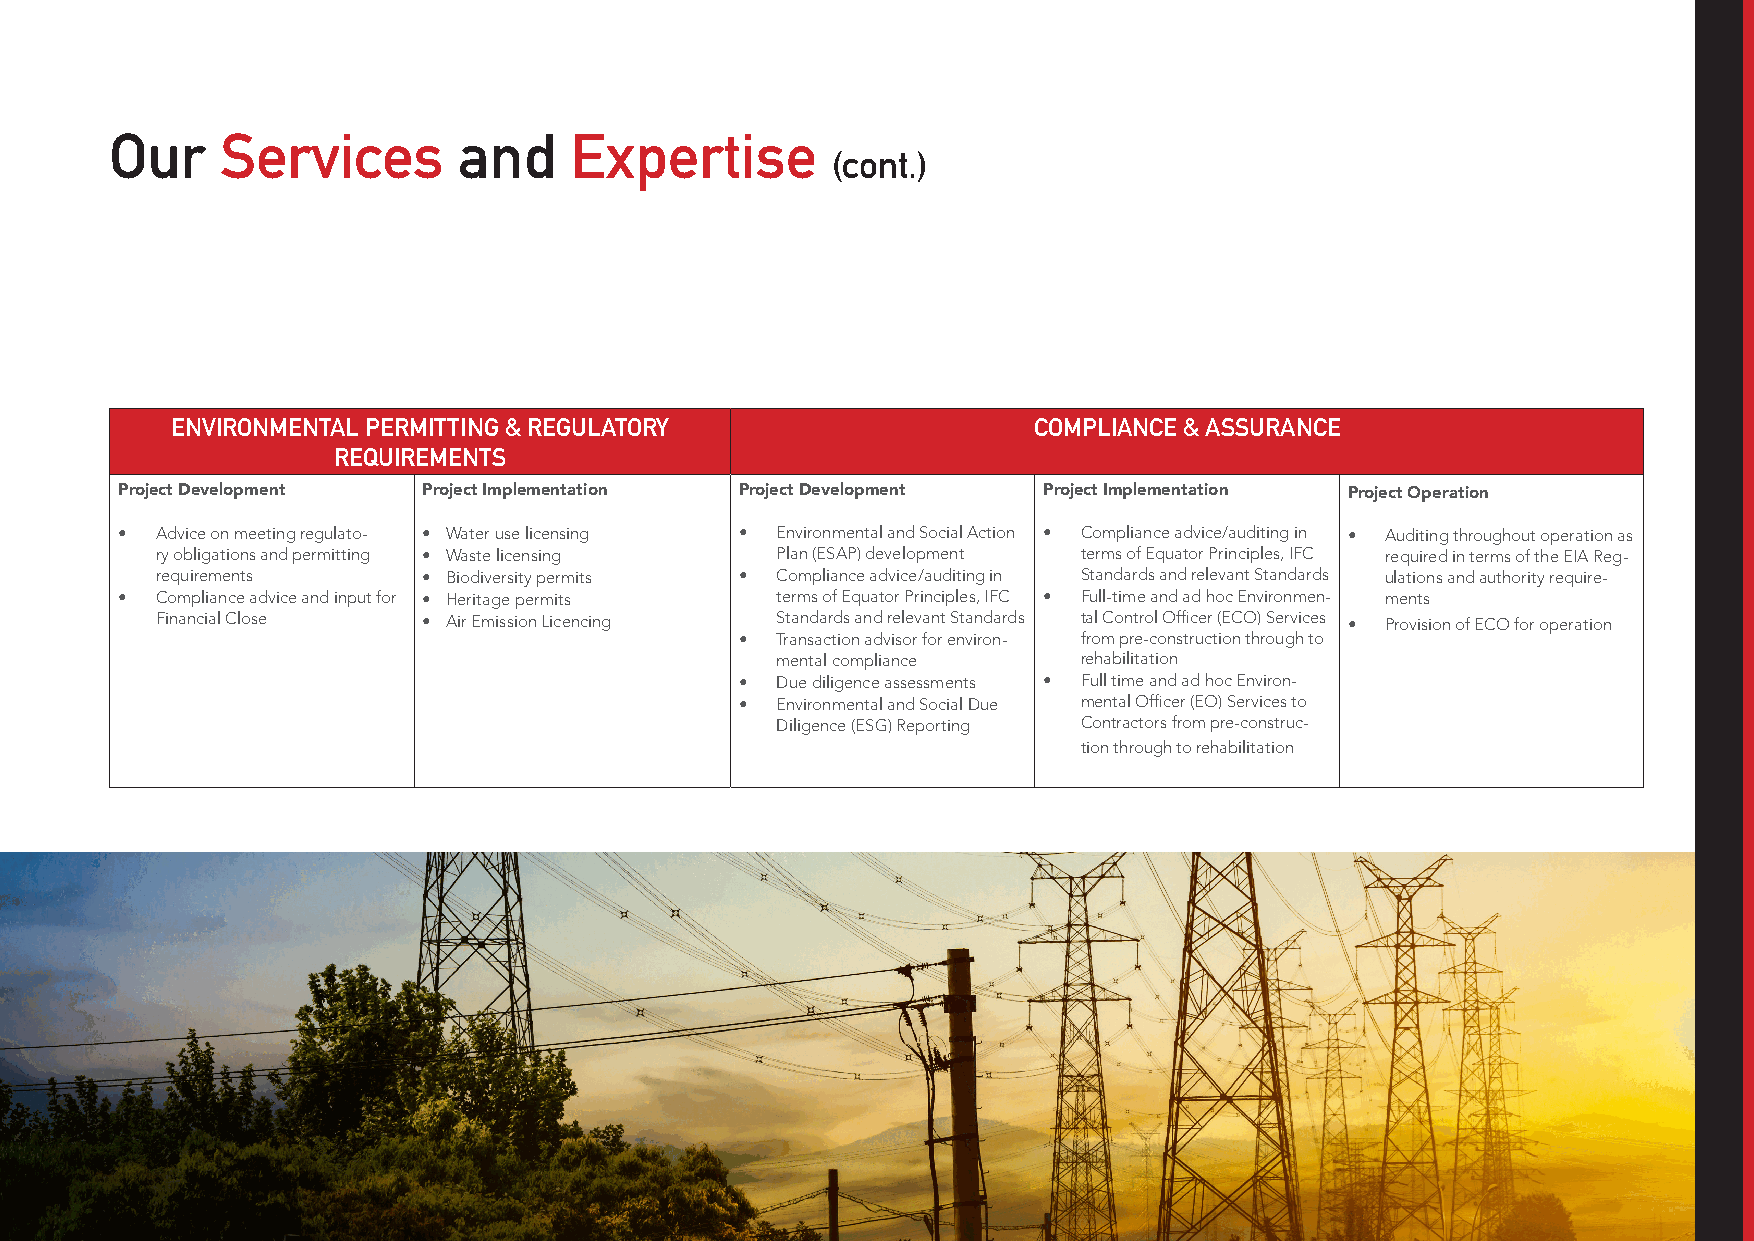
Our     Services       and     Expertise
 (cont.)
 ENVIRONMENTAL PERMITTING & REGULATORY                    COMPLIANCE & ASSURANCE
 REQUIREMENTS
 Project Development Project Implementation Project Development Project Implementation Project Operation
 • Advice on meeting regulato- • Water use licensing • Environmental and Social Action • Compliance advice/auditing in • Auditing throughout operation as
 ry obligations and permitting • Waste licensing Plan (ESAP) development terms of Equator Principles, IFC required in terms of the EIA Reg-
 requirements      • Biodiversity permits • Compliance advice/auditing in Standards and relevant Standards ulations and authority require-
 • Compliance advice and input for • Heritage permits terms of Equator Principles, IFC • Full-time and ad hoc Environmen- ments
 Financial Close   • Air Emission Licencing Standards and relevant Standards tal Control Officer (ECO) Services • Provision of ECO for operation
 • Transaction advisor for environ- from pre-construction through to
 mental compliance    rehabilitation
 • Due diligence assessments • Full time and ad hoc Environ-
 • Environmental and Social Due mental Officer (EO) Services to
 Diligence (ESG) Reporting Contractors from pre-construc-
 tion through to rehabilitation